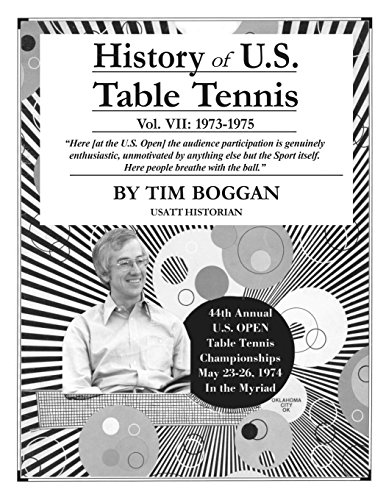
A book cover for History of U.S. Table Tennis Volume 7; Tim Boggan; Sports & Outdoors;